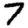
Digit: 7